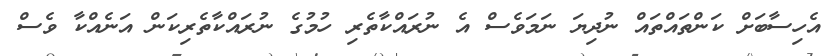
އެހިސާބަށް ކަންތައްތައް ނުދިޔަ ނަމަވެސް އެ ނުރައްކާތެރި ހުމުގެ ނުރައްކާތެރިކަން އަނެއްކާ ވެސް